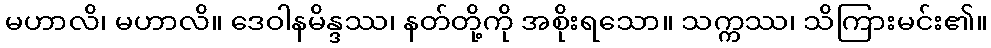
မဟာလိ၊ မဟာလိ။ ဒေဝါနမိန္ဒဿ၊ နတ်တို့ကို အစိုးရသော။ သက္ကဿ၊ သိကြားမင်း၏။